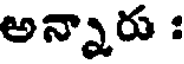
అన్నారు :